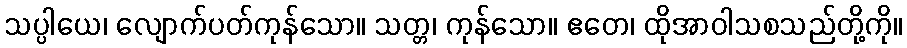
သပ္ပါယေ၊ လျောက်ပတ်ကုန်သော။ သတ္တ၊ ကုန်သော။ ဧတေ၊ ထိုအာဝါသစသည်တို့ကို။